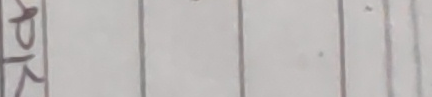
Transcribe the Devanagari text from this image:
प्रक